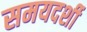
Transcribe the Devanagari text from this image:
समयदर्शी